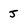
Character: j